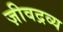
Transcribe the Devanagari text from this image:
ज़ीवद्रव्य